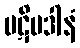
ပဋိပဒါနံ